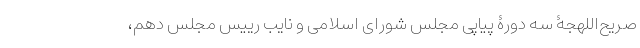
صریح‌اللهجۀ سه دورۀ پیاپی مجلس شورای اسلامی و نایب رییس مجلس دهم،